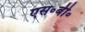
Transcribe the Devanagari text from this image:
एस॰बी॰